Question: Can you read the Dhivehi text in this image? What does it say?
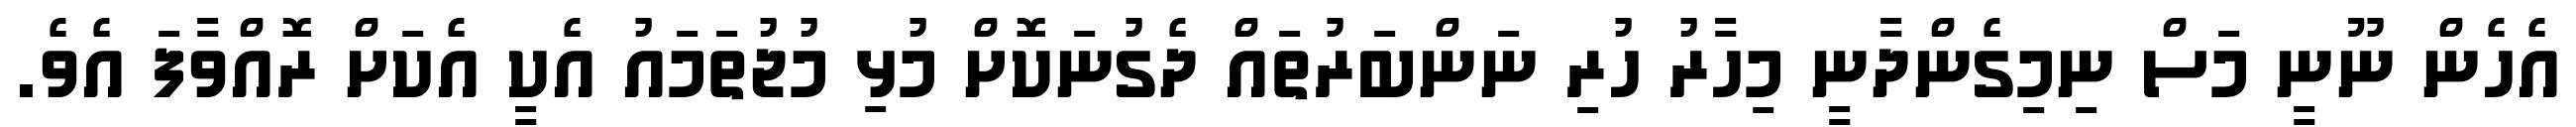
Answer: އެހެން ނޫނީ މަސް ނިމިގެންދާނީ މިހާރު ހުރި ނަންބަރުތައް ދެގުނަކޮށް މުޅި މުޖުތަމައު އެކީ އެކަށް ރޮއްވާފަ އެވެ.